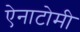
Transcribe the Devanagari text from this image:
ऐनाटोमी